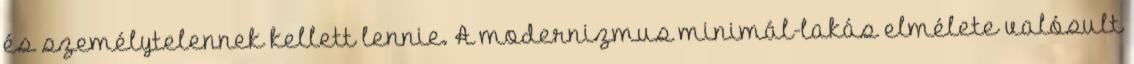
és személytelennek kellett lennie. A modernizmus minimál-lakás elmélete valósult